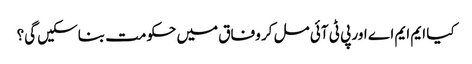
کیا ایم ایم اے اور پی ٹی آئی مل کر وفاق میں حکومت بناسکیں گی؟